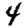
Digit: 4